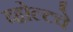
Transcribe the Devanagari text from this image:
व्होल्टचे